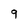
Character: 9